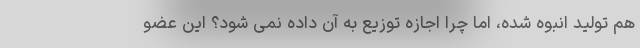
هم تولید انبوه شده، اما چرا اجازه توزیع به آن داده نمی شود؟ این عضو